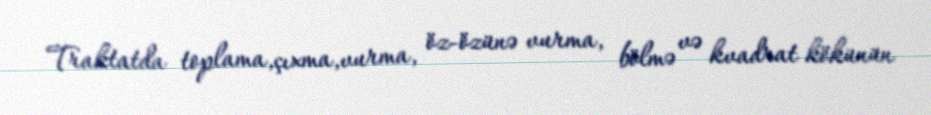
Traktatda toplama,çıxma,vurma, öz-özünə vurma, bölmə və kvadrat kökünün